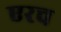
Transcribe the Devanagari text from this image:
एरच